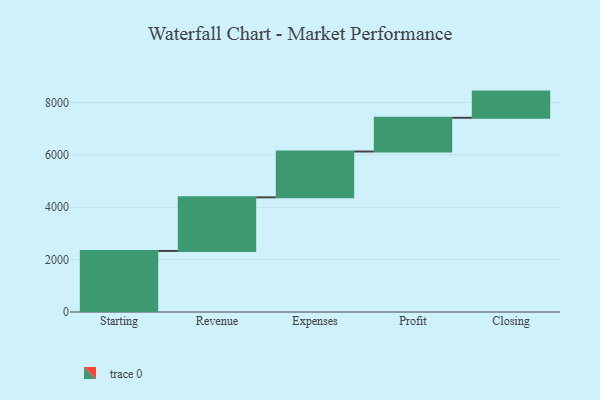
{"axis": {"x": "Step", "y": "Value"}, "legend": [""], "data": [{"x": "Starting", "y": 2332.0, "type": ""}, {"x": "Revenue", "y": 2047.0, "type": ""}, {"x": "Expenses", "y": 1750.0, "type": ""}, {"x": "Profit", "y": 1288.0, "type": ""}, {"x": "Closing", "y": 1000, "type": ""}]}